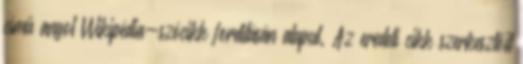
című angol Wikipédia-szócikk fordításán alapul. Az eredeti cikk szerkesztőit